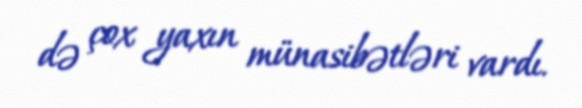
də çox yaxın münasibətləri vardı.